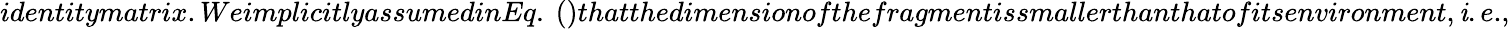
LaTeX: identitymatrix.WeimplicitlyassumedinEq.~()thatthedimensionofthefragmentissmallerthanthatofitsenvironment,{{\mathit i.e.}},